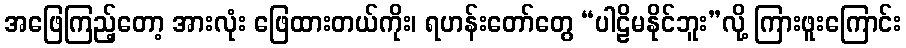
အဖြေကြည့်တော့ အားလုံး ဖြေထားတယ်ကိုး၊ ရဟန်းတော်တွေ “ပါဠိမနိုင်ဘူး”လို့ ကြားဖူးကြောင်း